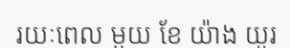
រយៈពេល មួយ ខែ យ៉ាង យូរ